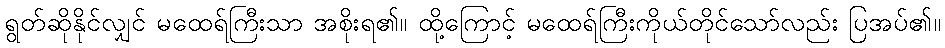
ရွတ်ဆိုနိုင်လျှင် မထေရ်ကြီးသာ အစိုးရ၏။ ထို့ကြောင့် မထေရ်ကြီးကိုယ်တိုင်သော်လည်း ပြအပ်၏။